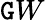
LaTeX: \mathtt{G}W